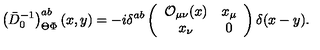
\left( \bar { D } _ { 0 } ^ { - 1 } \right) _ { \Theta \Phi } ^ { a b } ( x , y ) = - i \delta ^ { a b } \left( \begin{array} { c c } { { \cal O } _ { \mu \nu } ( x ) } & { x _ { \mu } } \\ { x _ { \nu } } & { 0 } \\ \end{array} \right) \delta ( x - y ) .